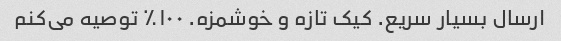
ارسال بسیار سریع. کیک تازه و خوشمزه. ۱۰۰٪ توصیه می‌کنم